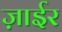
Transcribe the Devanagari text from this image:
ज़ाईर